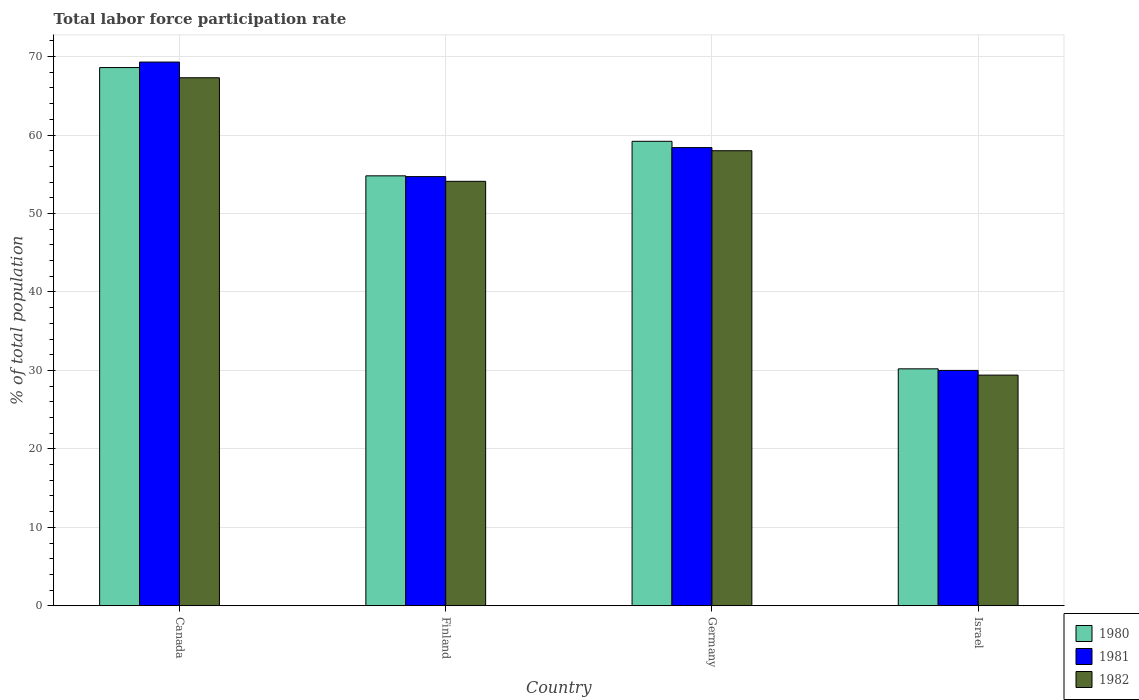
| Country | 1980 | 1981 | 1982 |
 | --- | --- | --- | --- |
 | Canada | 68.6 | 69.3 | 67.3 |
 | Finland | 54.8 | 54.7 | 54.1 |
 | Germany | 59.2 | 58.4 | 58 |
 | Israel | 30.2 | 30 | 29.4 |